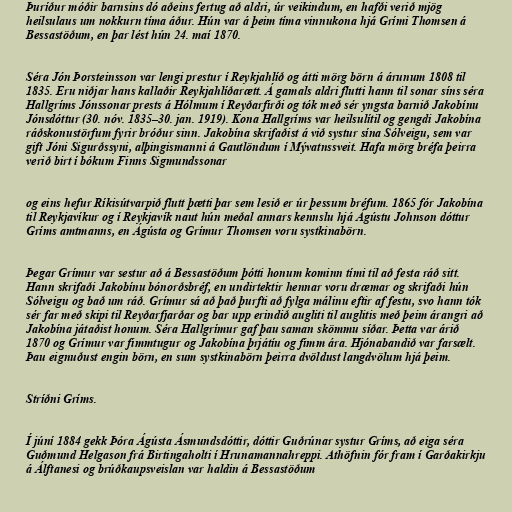
Þuríður móðir barnsins dó aðeins fertug að aldri, úr veikindum, en hafði verið mjög
heilsulaus um nokkurn tíma áður. Hún var á þeim tíma vinnukona hjá Grími Thomsen á
Bessastöðum, en þar lést hún 24. maí 1870.

Séra Jón Þorsteinsson var lengi prestur í Reykjahlíð og átti mörg börn á árunum 1808 til
1835. Eru niðjar hans kallaðir Reykjahlíðarætt. Á gamals aldri flutti hann til sonar síns séra
Hallgríms Jónssonar prests á Hólmum í Reyðarfirði og tók með sér yngsta barnið Jakobínu
Jónsdóttur (30. nóv. 1835–30. jan. 1919). Kona Hallgríms var heilsulítil og gengdi Jakobína
ráðskonustörfum fyrir bróður sinn. Jakobína skrifaðist á við systur sína Sólveigu, sem var
gift Jóni Sigurðssyni, alþingismanni á Gautlöndum í Mývatnssveit. Hafa mörg bréfa þeirra
verið birt í bókum Finns Sigmundssonar

og eins hefur Ríkisútvarpið flutt þætti þar sem lesið er úr þessum bréfum. 1865 fór Jakobína
til Reykjavíkur og í Reykjavík naut hún meðal annars kennslu hjá Ágústu Johnson dóttur
Gríms amtmanns, en Ágústa og Grímur Thomsen voru systkinabörn.

Þegar Grímur var sestur að á Bessastöðum þótti honum kominn tími til að festa ráð sitt.
Hann skrifaði Jakobínu bónorðsbréf, en undirtektir hennar voru dræmar og skrifaði hún
Sólveigu og bað um ráð. Grímur sá að það þurfti að fylga málinu eftir af festu, svo hann tók
sér far með skipi til Reyðarfjarðar og bar upp erindið augliti til auglitis með þeim árangri að
Jakobína játaðist honum. Séra Hallgrímur gaf þau saman skömmu síðar. Þetta var árið
1870 og Grímur var fimmtugur og Jakobína þrjátíu og fimm ára. Hjónabandið var farsælt.
Þau eignuðust engin börn, en sum systkinabörn þeirra dvöldust langdvölum hjá þeim.

Stríðni Gríms.

Í júní 1884 gekk Þóra Ágústa Ásmundsdóttir, dóttir Guðrúnar systur Gríms, að eiga séra
Guðmund Helgason frá Birtingaholti í Hrunamannahreppi. Athöfnin fór fram í Garðakirkju
á Álftanesi og brúðkaupsveislan var haldin á Bessastöðum